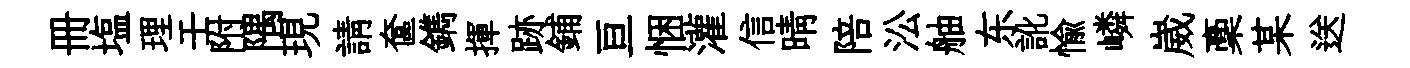
册塩理壬附隅現請奩鐫揮跡鋪亘悃灌信晴陪㳂舳东訛愉嶙崴稾某送